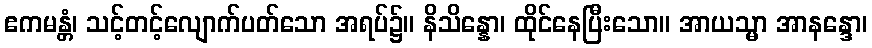
ဧကမန္တံ၊ သင့်တင့်လျောက်ပတ်သော အရပ်၌။ နိသိန္နော၊ ထိုင်နေပြီးသော။ အာယသ္မာ အာနန္ဒော၊